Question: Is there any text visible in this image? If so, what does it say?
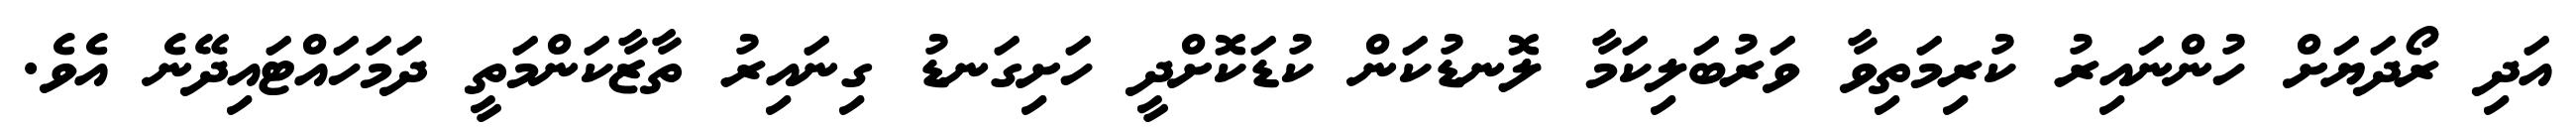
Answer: އަދި ރޯދަޔަށް ހުންނައިރު ކުރިމަތިވާ ވަރުބަލިކަމާ ލޮނޑުކަން ކުޑަކޮށްދީ ހަށިގަނޑު ގިނައިރު ތާޒާކަންމަތީ ދަމަހައްޓައިދޭނެ އެވެ.